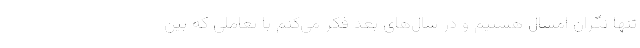
تنها نگران امسال هستیم و در سال‌های بعد فکر می‌کنم با تعاملی که بین